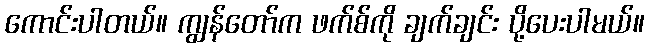
ကောင်းပါတယ်။ ကျွန်တော်က ဖက်စ်ကို ချက်ချင်း ပို့ပေးပါမယ်။